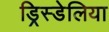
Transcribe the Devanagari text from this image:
ड्रिस्डेलिया